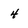
Character: 4